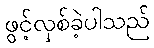
ဖွင့်လှစ်ခဲ့ပါသည်